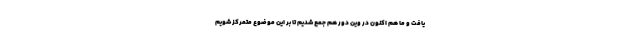
یافت و ما هم اکنون در وین دور هم جمع شدیم تا بر این موضوع متمرکز شویم